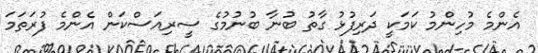
އެންމެ މުހިންމު ކަމަކީ ދަރިފުޅު ގާތު ބުނާ ބުނުމުގެ ސީރިއަސްކަން އެންމެ ފުރަތަމަ